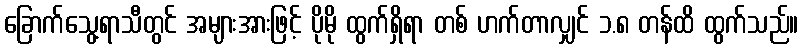
ခြောက်သွေ့ရာသီတွင် အများအားဖြင့် ပိုမို ထွက်ရှိရာ တစ် ဟက်တာလျှင် ၁.၈ တန်ထိ ထွက်သည်။